Indian journal of veterinary science and animal husbandry - Volume 4,
Year: 1934
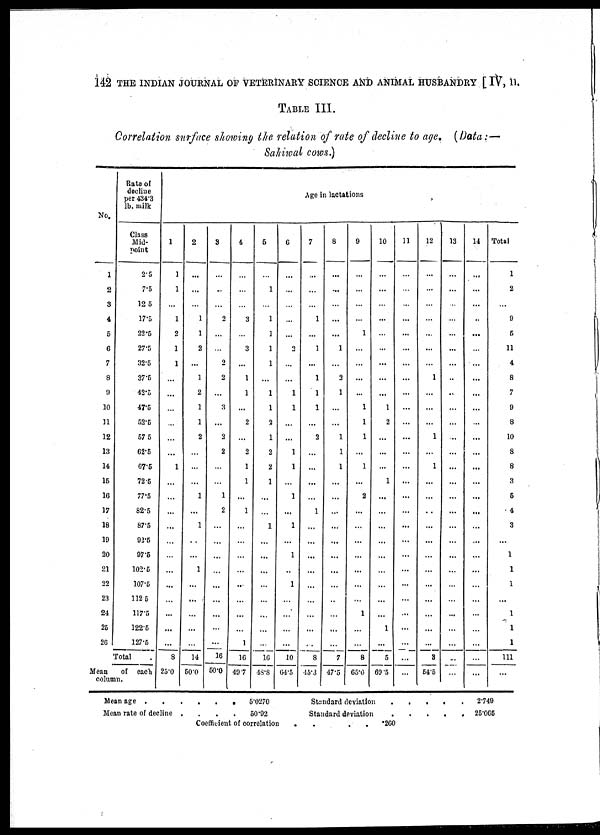
142 THE INDIAN JOURNAL OP VETERINARY SCIENCE AND ANIMAL HUSBANDRY [ IV, 11.
TABLE III.
Correlation surface showing the relation of rate of decline to age, ( Data :—
Sahiwal cows.)
No.
1
2
3
4
5
6
7
8
9
10
11
12
13
14
15
16
17
18
19
20
21
22
23
24
25
26
Rate of
decline
per 434.3
lb. milk
Class
Mid-
point
2.5
7.5
12.5
17.5
22.5
27.5
32.5
37.5
42.5
47.5
52.5
57.5
62.5
67.6
72.5
77.5
82.5
87.5
92.5
97.5
102.5
107.5
112.5
117.5
122.5
127.5
Total .
Mean
of each
column.
1
1
1
...
1
2
1
1
...
...
...
...
...
...
1
...
...
...
...
...
...
...
...
...
...
...
...
8
25.0
2
...
...
...
1
1
2
...
1
2
1
1
2
...
...
...
1
...
1
..
...
1
...
...
...
...
...
14
50.0
3
...
...
...
2
...
...
2
2
...
3
...
3
2
...
...
1
2
...
...
...
...
...
...
...
...
...
16
50.0
4
...
...
...
3
...
3
...
1
1
...
2
...
2
1
1
...
1
...
...
...
...
..
...
...
...
1
16
49.7
6
...
1
...
1
...
...
...
...
1
...
2
1
2
2
1
...
...
1
...
...
...
...
...
...
...
...
16
48.8
Age in lactations
6
...
...
...
...
...
2
...
...
...
...
...
...
1
1
...
1
...
1
...
1
..
1
...
...
...
...
10
64.5
7
...
...
...
1
...
1
...
1
1
1
...
2
...
...
...
...
1
...
...
...
...
...
...
...
...
...
8
45.3
8
...
...
...
...
...
1
...
2
1
...
...
1
1
1
...
...
...
...
...
...
...
...
..
...
...
...
7
47.5
9
...
...
...
...
1
...
...
...
...
1
1
1
...
1
...
2
...
...
...
...
...
...
...
1
...
...
8
65.6
10
...
...
...
...
...
...
...
...
...
1
2
...
...
...
1
...
...
...
...
...
...
...
...
...
1
...
5
69.5
11
...
...
...
...
...
...
...
...
...
...
...
...
...
...
...
...
...
...
...
...
...
...
...
...
...
...
...
...
12
...
...
...
...
...
...
...
1
...
...
...
1
...
1
...
...
...
...
...
...
...
...
...
...
...
...
3
54.5
13
...
...
...
...
...
...
...
...
...
...
...
...
...
...
...
...
...
...
...
...
...
...
...
...
...
...
...
...
14
...
...
...
...
...
...
...
...
...
...
...
...
...
...
...
...
...
...
...
...
...
...
...
...
...
...
...
...
Total
1
2
...
9
5
11
4
8
7
9
8
10
8
8
3
5
4
3
...
1
1
1
...
1
1
1
111
...
Mean age . . . . . . 5.0270
Mean rate of decline . . . . 50.92
Coefficient of correlation .
Standard deviation
Standard deviation
. . .
. . . . . 2.749
. . . . . 25.065
.260